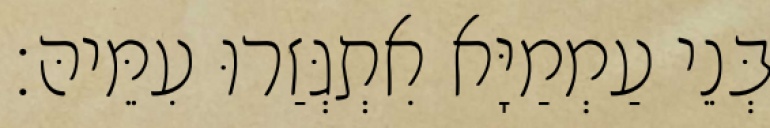
בְּנֵי עַמְמַיָּא אִתְגְּזַרוּ עִמֵּיהּ׃